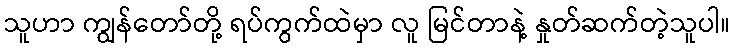
သူဟာ ကျွန်တော်တို့ ရပ်ကွက်ထဲမှာ လူ မြင်တာနဲ့ နှုတ်ဆက်တဲ့သူပါ။